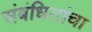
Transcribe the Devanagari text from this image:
संबंधितांचा